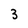
Character: 3